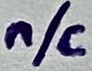
Text: n/c